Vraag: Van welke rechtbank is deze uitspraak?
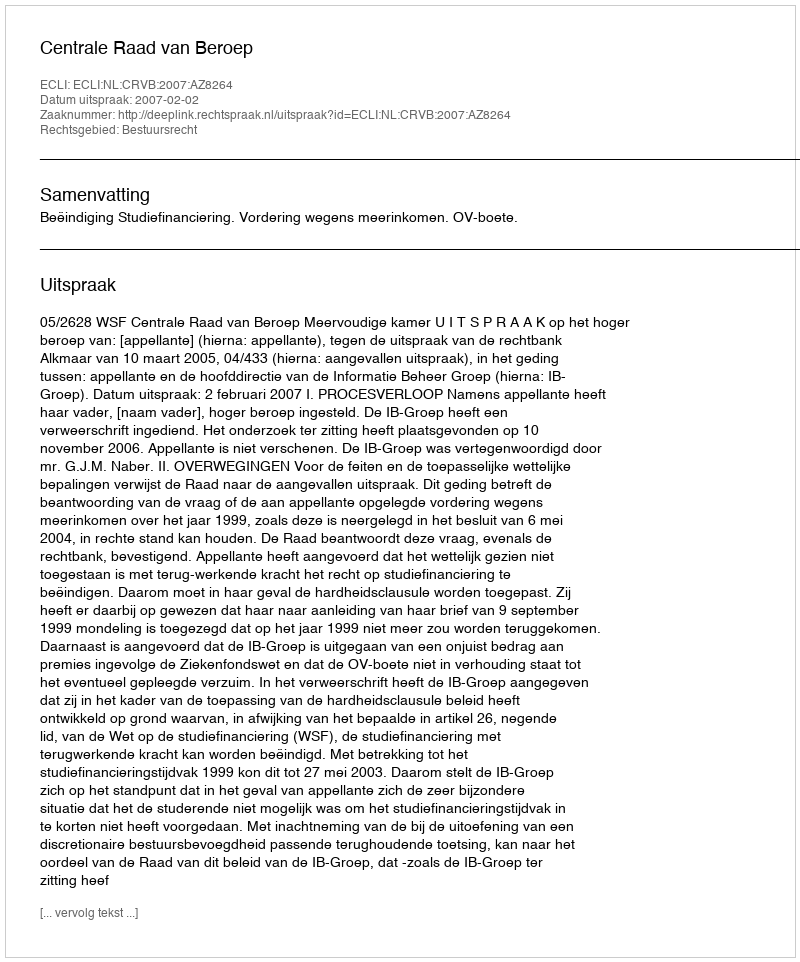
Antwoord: Centrale Raad van Beroep